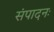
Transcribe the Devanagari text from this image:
संपादनः